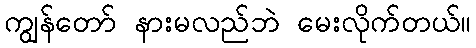
ကျွန်တော် နားမလည်ဘဲ မေးလိုက်တယ်။